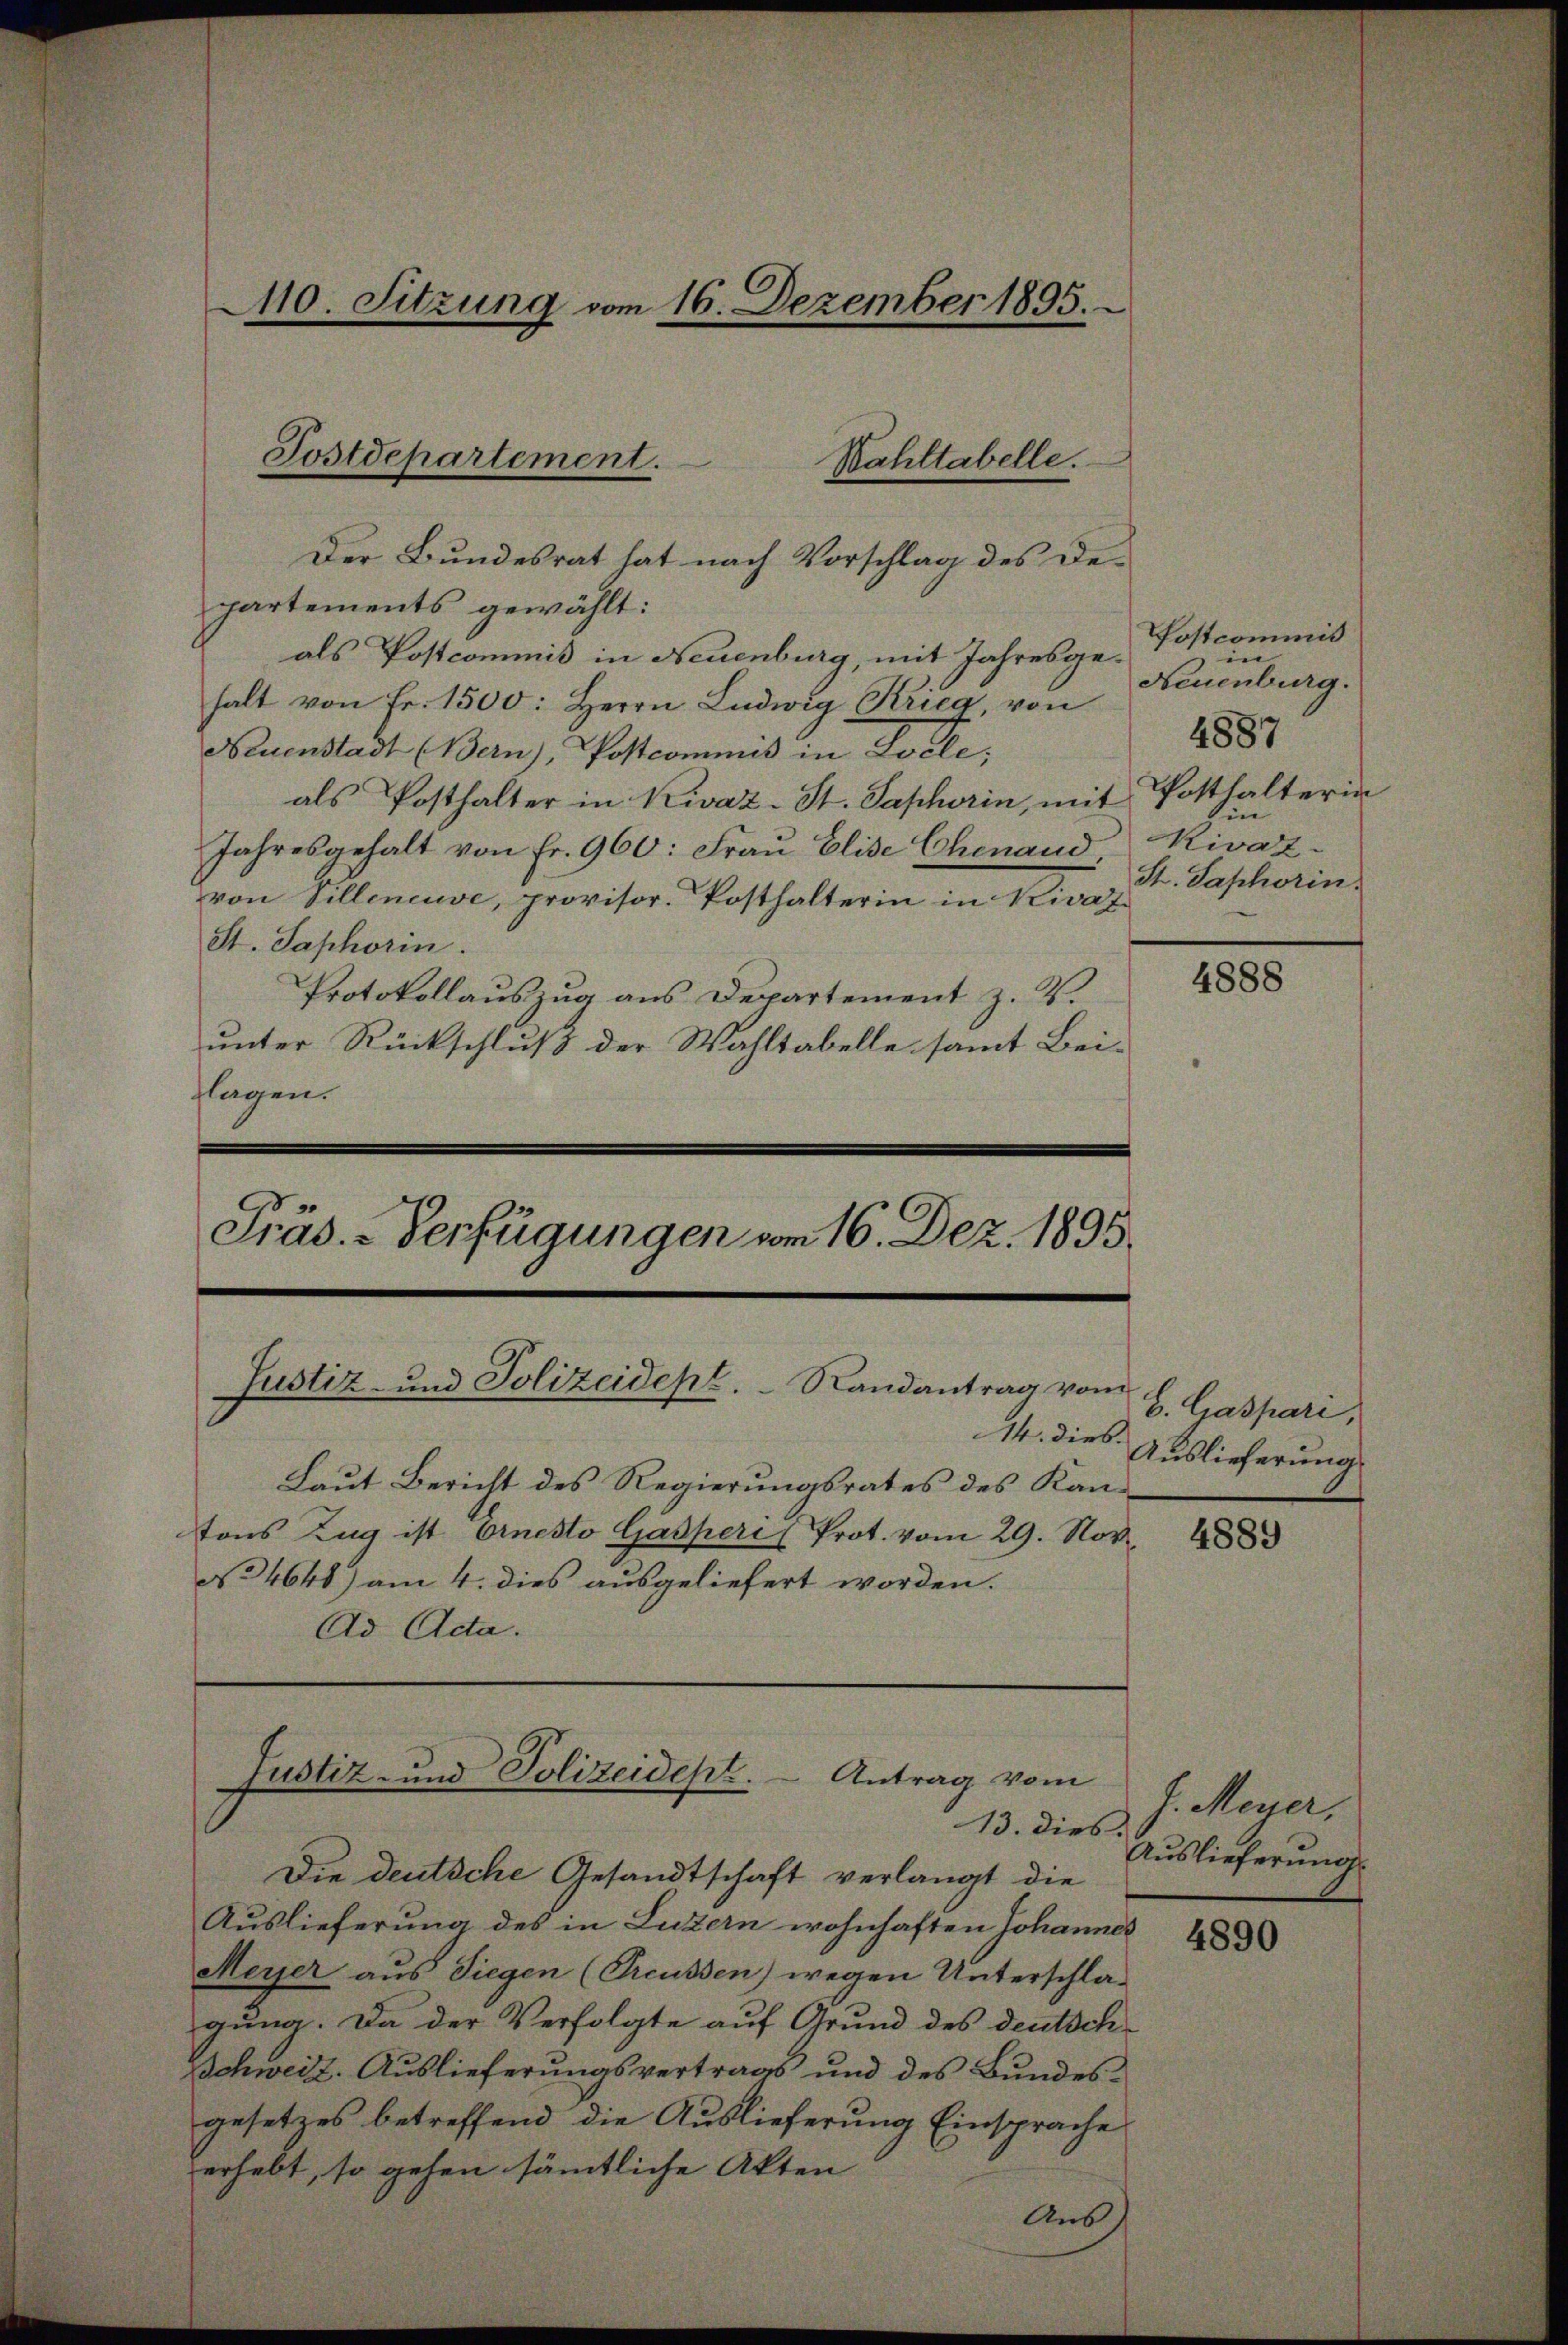
partements gewählt:
als Postcommis in Neuenburg, mit Jahresgehalt von Fr. 1500: Herrn Ludwig Krieg, von
Neuenstadt (Bern), Postcommis in Solle;
als Posthalter in Kivaz-St. Saphorin, mit
Jahresgehalt von Fr. 960: Frau Elise Chinand Rivaz-
von Villeneuve, provisor. Posthalterin in Rivaz
St. Saphorin.
Protokollauszug aus Departement z. B.
unter Rückschluß der Wahltabelle samt Bei-
flagen.

110. Sitzung vom 16. Dezember 1895.

Postdepartement.
Bahltabelle.
Der Bundesrat hat nach Vorschlag des De¬

Präs.-Verfügungen vom 16. Dez. 1895.

Justiz- und Polizeidept. Randantrag vom

Laut Bericht des Regierungsrates des Kantons Zug ist Arnesto Gasperis Prot. vom 29. Nov.
No 4648) am 4. dies ausgeliefert worden.
Ad Acta.

Justiz und Polizeidept. - Antrag vom
13. dies

Die deutsche Gesandtschaft verlangt die
Auslieferung des in Luzern wohnhaften Johannes
Meyer aus Siegen (Preussen) wegen Unterschla-
gung. Da der Verfolgte auf Grund des deutsch
Schweiz. Auslieferungsvertrags und des Bundesgesetzes betreffend die Auslieferung Einsprache
erhebt, so gehen sämmtliche Akten
Aus

Postcommis
in
Neuenburg.
4887
Posthalterin
hin
St. Saphorin

4888

C. Gaspari,
14. dies Auslieferung

4889

J. Meyer,
Auslieferung

4890